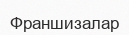
Франшизалар